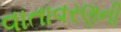
વાતાવરણની